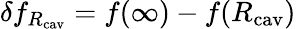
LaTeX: \delta f_{R_{\mathrm{cav}}}=f(\infty)-f(R_{\mathrm{cav}})